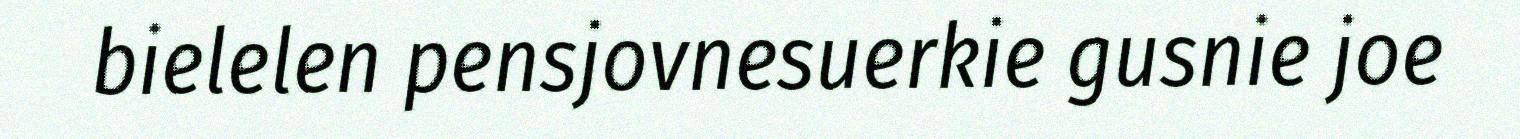
bielelen pensjovnesuerkie gusnie joe